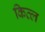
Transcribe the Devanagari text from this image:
कित्ल